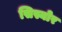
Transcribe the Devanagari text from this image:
सिस्योर